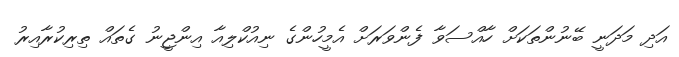
އަދި މަދަނީ ބޭނުންތަކަށް ހާއްސަވާ ފެންވަރަށް އެމީހުންގެ ނިއުކްލިއާ އިންޖީނު ގެތައް ތިރިކުރާއިރު